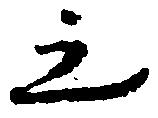
之